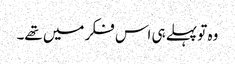
وہ تو پہلے ہی اس فکر میں تھے۔